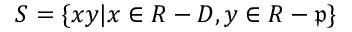
S = \{ x y | x \in R - D , y \in R - { \mathfrak { p } } \}